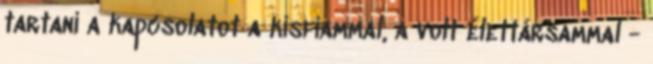
tartani a kapcsolatot a kisfiammal, a volt élettársammal -